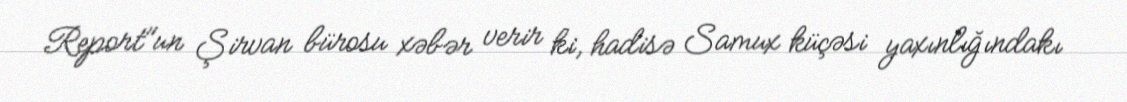
Report"un Şirvan bürosu xəbər verir ki, hadisə Samux küçəsi yaxınlığındakı